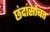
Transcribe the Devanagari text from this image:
छंदांसोबत